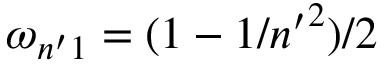
\omega _ { n ^ { \prime } 1 } = ( 1 - 1 / { n ^ { \prime } } ^ { 2 } ) / 2